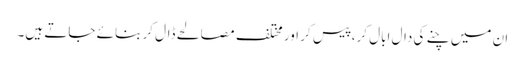
ان میں چنے کی دال ابال کر، پیس کر اور مختلف مصالحے ڈال کر بنائے جاتے ہیں۔